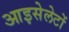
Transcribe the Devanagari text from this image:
आइसेलेटों